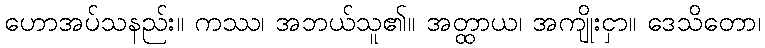
ဟောအပ်သနည်း။ ကဿ၊ အဘယ်သူ၏။ အတ္ထာယ၊ အကျိုးငှာ။ ဒေသိတော၊